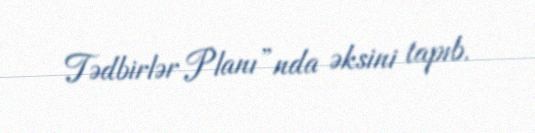
Tədbirlər Planı”nda əksini tapıb.